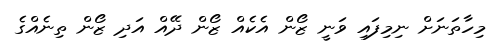
މިހާތަނަށް ނިމިފައި ވަނީ ޒޯން އެކެއް ޒޯން ދޭއް އަދި ޒޯން ތިނެއްގެ